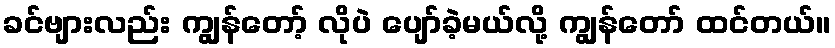
ခင်ဗျားလည်း ကျွန်တော့် လိုပဲ ပျော်ခဲ့မယ်လို့ ကျွန်တော် ထင်တယ်။